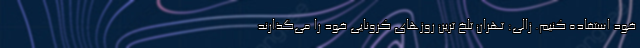
خود استفاده کنیم. زالی: تهران تلخ ترین روزهای کرونایی خود را می‌گذارند